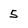
Character: 5